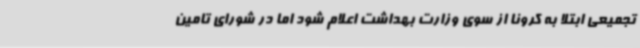
تجمیعی ابتلا به کرونا از سوی وزارت بهداشت اعلام شود اما در شورای تامین